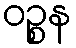
ဝဉ္စန